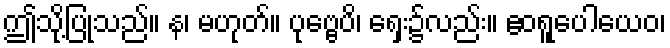
ဤသို့ပြုသည်။ န၊ မဟုတ်။ ပုဗ္ဗေပိ၊ ရှေး၌လည်း။ ဧဝရူပေါယေဝ၊